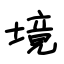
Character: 境